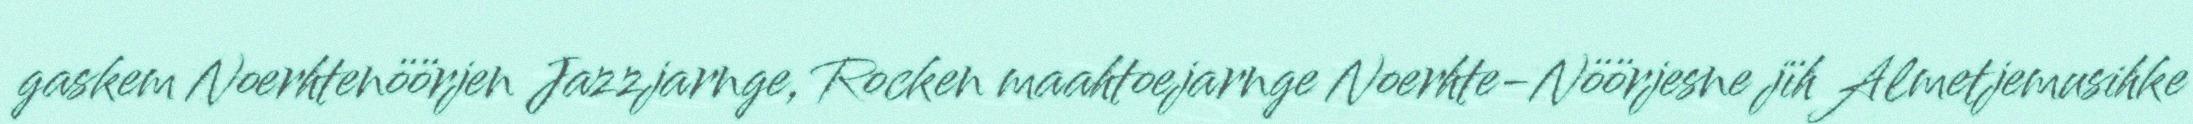
gaskem Noerhtenöörjen Jazzjarnge, Rocken maahtoejarnge Noerhte-Nöörjesne jïh Almetjemusihke